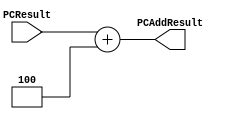
`timescale 1ns / 1ps

////////////////////////////////////////////////////////////////////////////////
// ECE369 - Computer Architecture
// Laboratory 3 (PreLab)
// Module - PCAdder.v
// Description - 32-Bit program counter (PC) adder.
// 
// INPUTS:-
// PCResult: 32-Bit input port.
// 
// OUTPUTS:-
// PCAddResult: 32-Bit output port.
//
// FUNCTIONALITY:-
// Design an incrementor (or a hard-wired ADD ALU whose first input is from the 
// PC, and whose second input is a hard-wired 4) that computes the current 
// PC + 4. The result should always be an increment of the signal 'PCResult' by 
// 4 (i.e., PCAddResult = PCResult + 4).
////////////////////////////////////////////////////////////////////////////////

module PCAdder(PCResult, PCAddResult);

    input   [31:0]  PCResult;

    output reg [31:0]  PCAddResult;

    /* Please fill in the implementation here... */
    always @(PCResult)
    begin
    	PCAddResult <= PCResult + 32'h00000004;
    end

endmodule